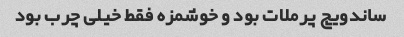
ساندویچ پرملات بود و خوشمزه فقط خیلی چرب بود